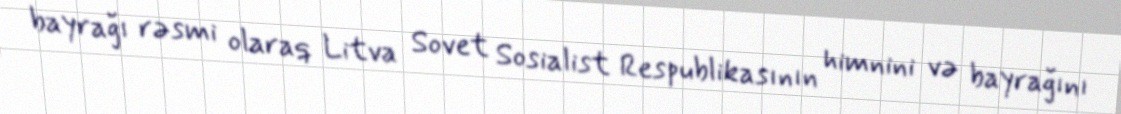
bayrağı rəsmi olaraq Litva Sovet Sosialist Respublikasının himnini və bayrağını